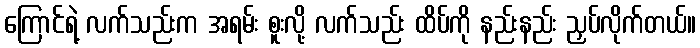
ကြောင်ရဲ့ လက်သည်းက အရမ်း စူးလို့ လက်သည်း ထိပ်ကို နည်းနည်း ညှပ်လိုက်တယ်။